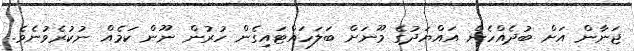
ޖަނާން އަށް ބުދެއްހެން އައްޔަދުގެ މޫނަށް ބަލަހައްޓައިގެން ހުރުން ނޫން ކަމެއް ނުކުރެވުނެވެ.